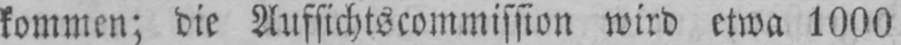
kommen; die Aufsichtscommission wird etwa 1000